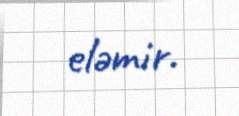
eləmir.